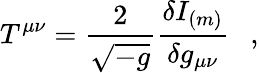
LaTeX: T^{\mu\nu}={\frac{2}{\sqrt{-g}}}{\frac{\delta I_{(m)}}{\delta g_{\mu\nu}}}~~~,